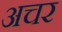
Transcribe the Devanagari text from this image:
अचर